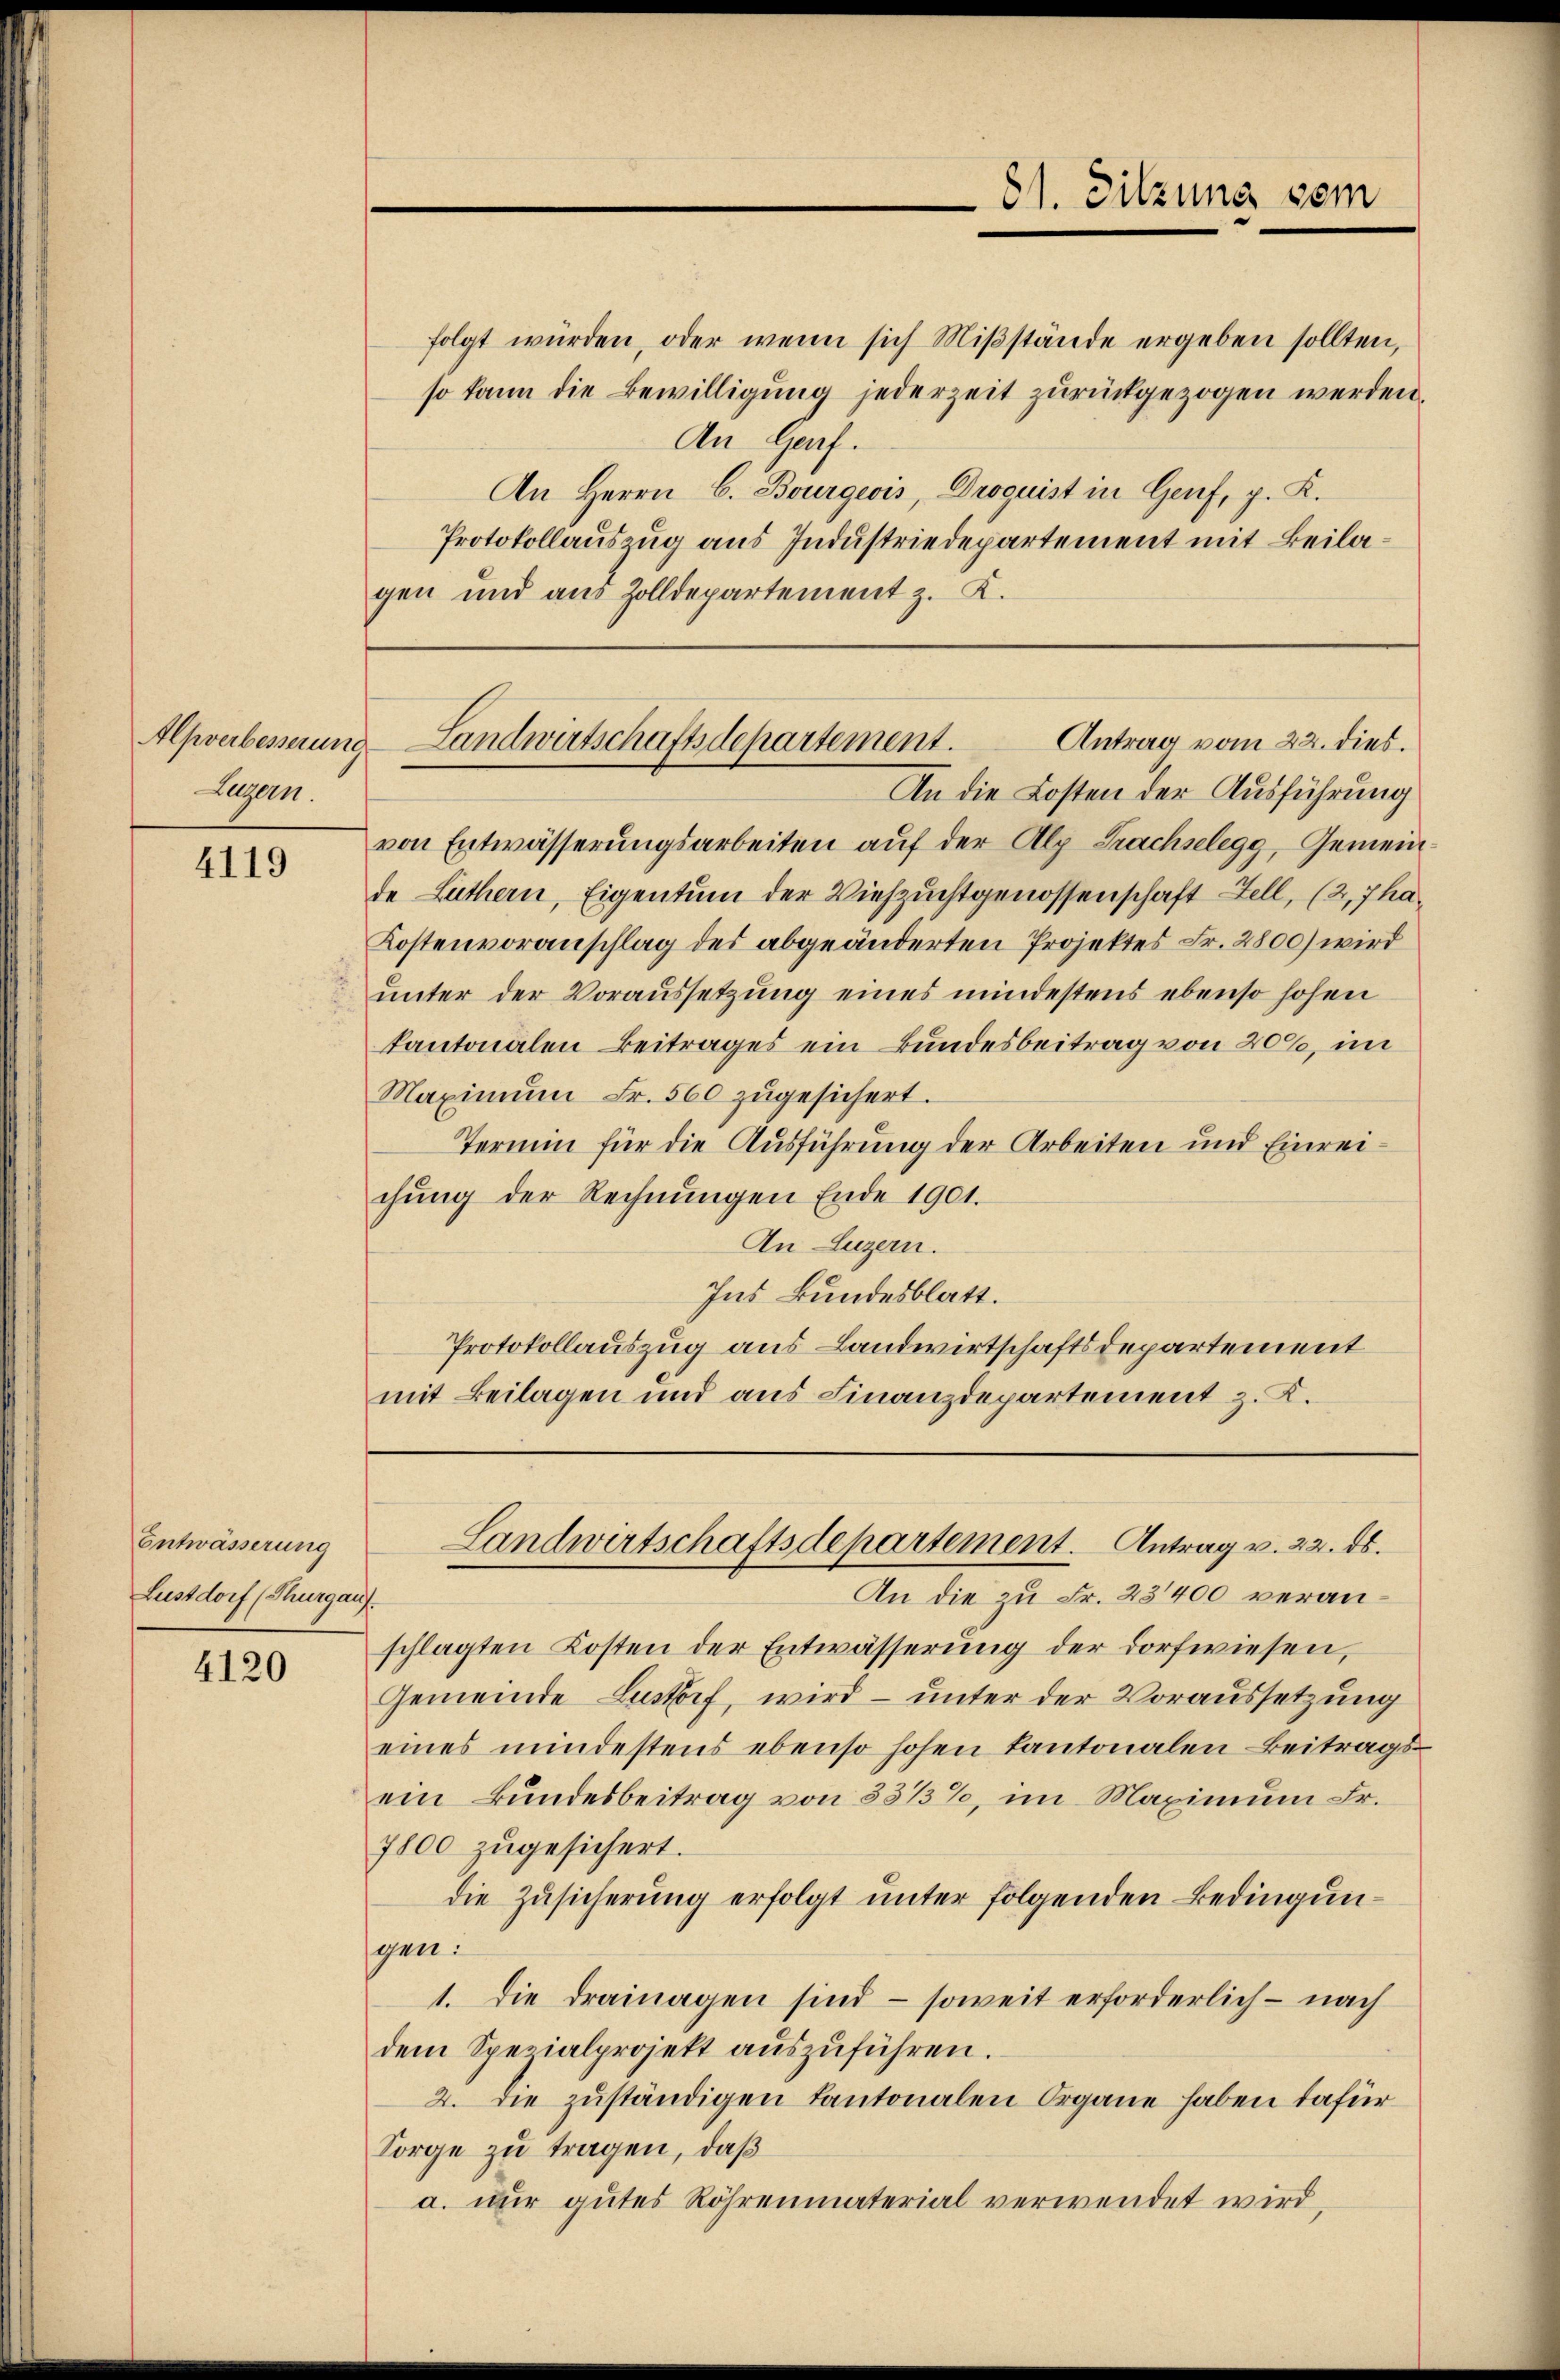
Eugen.

4119

Entwässerung
Lustdorf (Thurgauf

4120

folgt würden, oder wenn sich Miβstände ergeben sollten,
so kann die Bewilligung jederzeit zurückgezogen werden.
An Garf.
An Herrn C. Bourgeois, Droguist in Genf, p. K.
Protokollauszug aus Industriedepartement mit Beilagen und aus Zolldepartement z. K.

8. Sitzung vom

Alpverbesserung Landwirtschaftsdepartement.
Antrag vom 22. dies.

Landwirtschaftsdepartement. Antrag v. 22. ds.

An die Kosten der Ausführung
von Entwässerungsarbeiten auf der Alp Prachselegg, Gemeinde Luthern, Eigentum der Viehzuchtgenossenschaft Zell, (2, 7 ha¬
Kostenvoranschlag des abgeänderten Projektes Fr. 2800) wird
unter der Voraussetzung eines mindestens ebenso hohen
kantonalen Beitrages ein Bundesbeitrag von 200, im
Maximŭm Fr. 560 zŭgesichert.
Termin für die Ausführung der Arbeiten und Einreichŭng der Rechnŭngen Ende 1901.
An Luzern.
Ins Bundesblatt.
Protokollauszug aus Landwirtschaftsdepartement
mit Beilagen und aus Finanzdepartement z. K.

An die zu Fr. 23400 veranschlagten Kosten der Entwässerung der Dorfwiesen,
Gemeinde Lustorf, wird – unter der Voraussetzung
eines mindestens ebenso hohen Kantonalen Beitragsein Bundesbeitrag von 331/3%, im Maximum Fr.
7800 zugesichert.
die Zusicherung erfolgt unter folgenden Bedingungen:
1. die drainagen sind – soweit erforderlich – nach
dem Spezialprojekt aŭszŭführen.
2. Die zuständigen kantonalen Organe haben dafür
Sorge zu tragen, daß
a. nur gutes Röhrenmaterial verwendet wird,